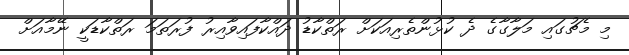
މި މެޗުގައި މަލާގާގެ ދެ ކުޅުންތެރިއަކަށް ރަތްކާޑު ދައްކާފައިވާއިރު ފުރަތަމަ ރަތްކާޑަކީ ނޭމާއަށް